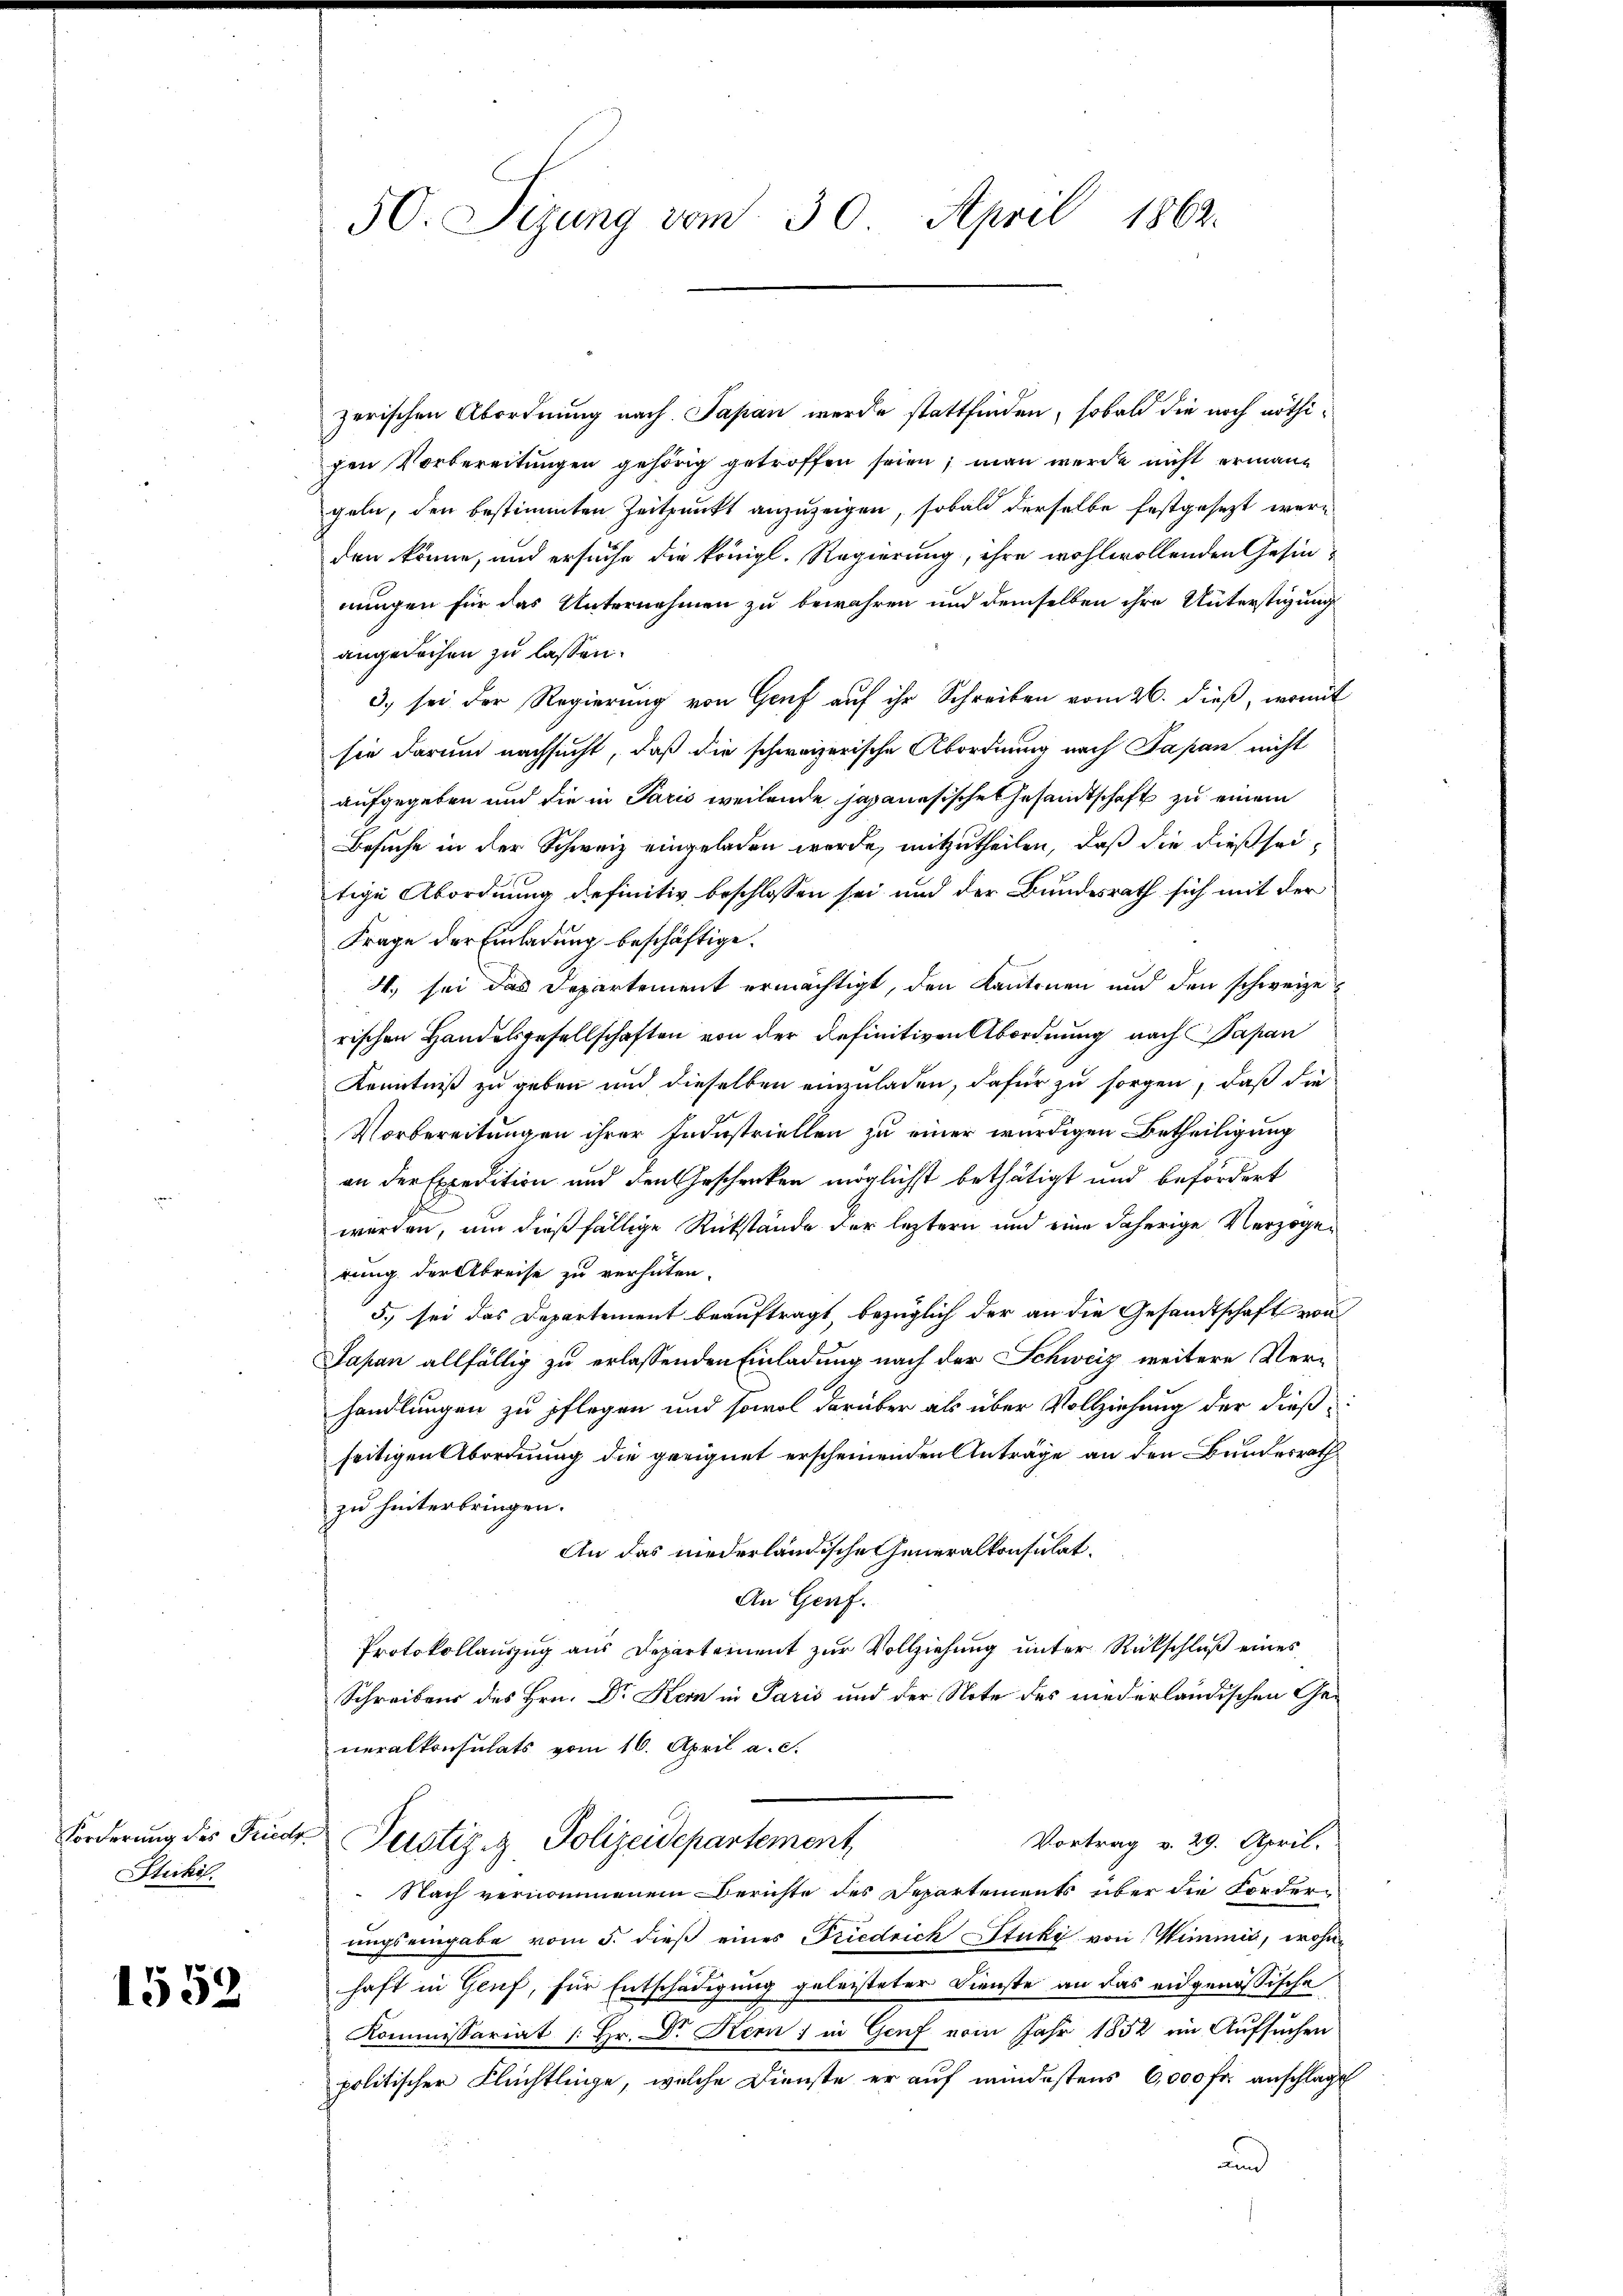
Forderung des Fried
Stucki.

1552

50. Sizung vom 30. April 1862.

zerischen Abordnung nach Papan werde stattfinden, sobald die noch nöthigen Vorbereitungen gehörig getroffen seien; man werde nicht ermann
geln, den bestimmten Zeitpunkt anzuzeigen, sobald derselbe festgesezt werden könne, und ersuche die königl. Regierung, ihre wohlwollenden Gesinnungen für das Unternehmen zu bewahren und demselben ihre Unterstigung
angedachen zu lassen.
3. sei der Regierung von Genf auf ihr Schreiben vom 26. dieß, womit
sie darum nachsucht, daß die schweizerische Abordnung nach Papan nicht
aufgegeben und die in Paris weilende Japanesische Gesandtschaft zu einem
Besuche in der Schweiz eingeladen werde, mitzutheilen, daß die dieß seitige Abordnung definitiv beschlossen sei und der Bundesrath sich mit der
Frage der Einladung beschäftige.
4. sei das Departement ermächtigt, den Kantonen und den schweize
rischen Handelsgesellschaften von der definitiven Abordnung nach Papan
Kenntniß zu geben und dieselben einzuladen, dafür zu sorgen, daß die
Vorbereitungen ihrer Industriellen zu einer würdigen Betheiligung
an der Expedition und den Geschenken möglichst bethätigt und befördert
werden, um dießfällige Rückstände der leztern und eine daherige Verzogerung der Abreise zu verhüten.
5. sei das Departement beauftragt bezüglich der an die Gesandtschaft von
Japan allfällig zu erlassenden Einladung nach der Schweiz weitere Ver-
handlungen zu pflegen und sowol darüber als über Vollziehung der dießseitigen Abordnung die geeignet erscheinenden Anträge an den Bundesrath
zu hinterbringen.
An das niederländische Generalkonsulat,
An Genf.
Protokollauszug aus Departement zur Vollziehung unter Rückschluß eines
Schreibens des Hrn. Dr Kein in Paris und der Note des niederländischen Generalkonsulats vom 16. April a. c.
Vortrag v. 29. April.
Perstiz & Polizeidepartement,
Nach vernommenem Berichte des Departements über die Forder-
ungs eingabe vom 5. dieß eines Friedrich Stuki von Wimmis, wohnhaft in Genf, für Entschädigung geleisteter Dienste an das eidgenössische
Kommissariat /: Hr. Dr. Hern; in Genf vom Jahr 1852 im Aufsuchen
politischer Flüchtlinge, welche Dienste er auf mindestens 6,000 fr. anschlage
und